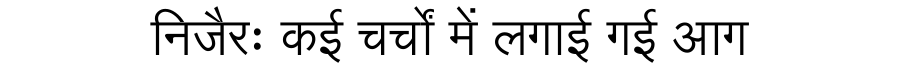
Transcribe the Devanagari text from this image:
निजैरः कई चर्चों में लगाई गई आग